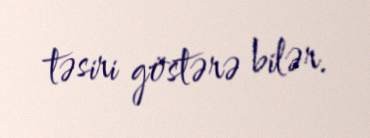
təsiri göstərə bilər.